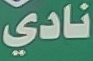
نادي